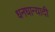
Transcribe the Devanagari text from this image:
धनधान्यादी